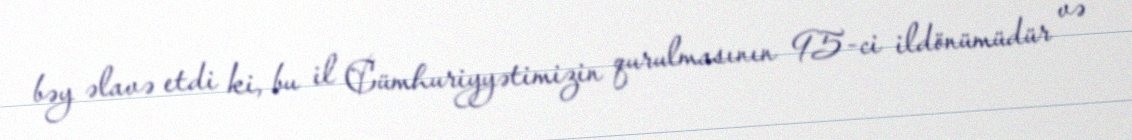
bəy əlavə etdi ki, bu il Cümhuriyyətimizin qurulmasının 95-ci ildönümüdür və